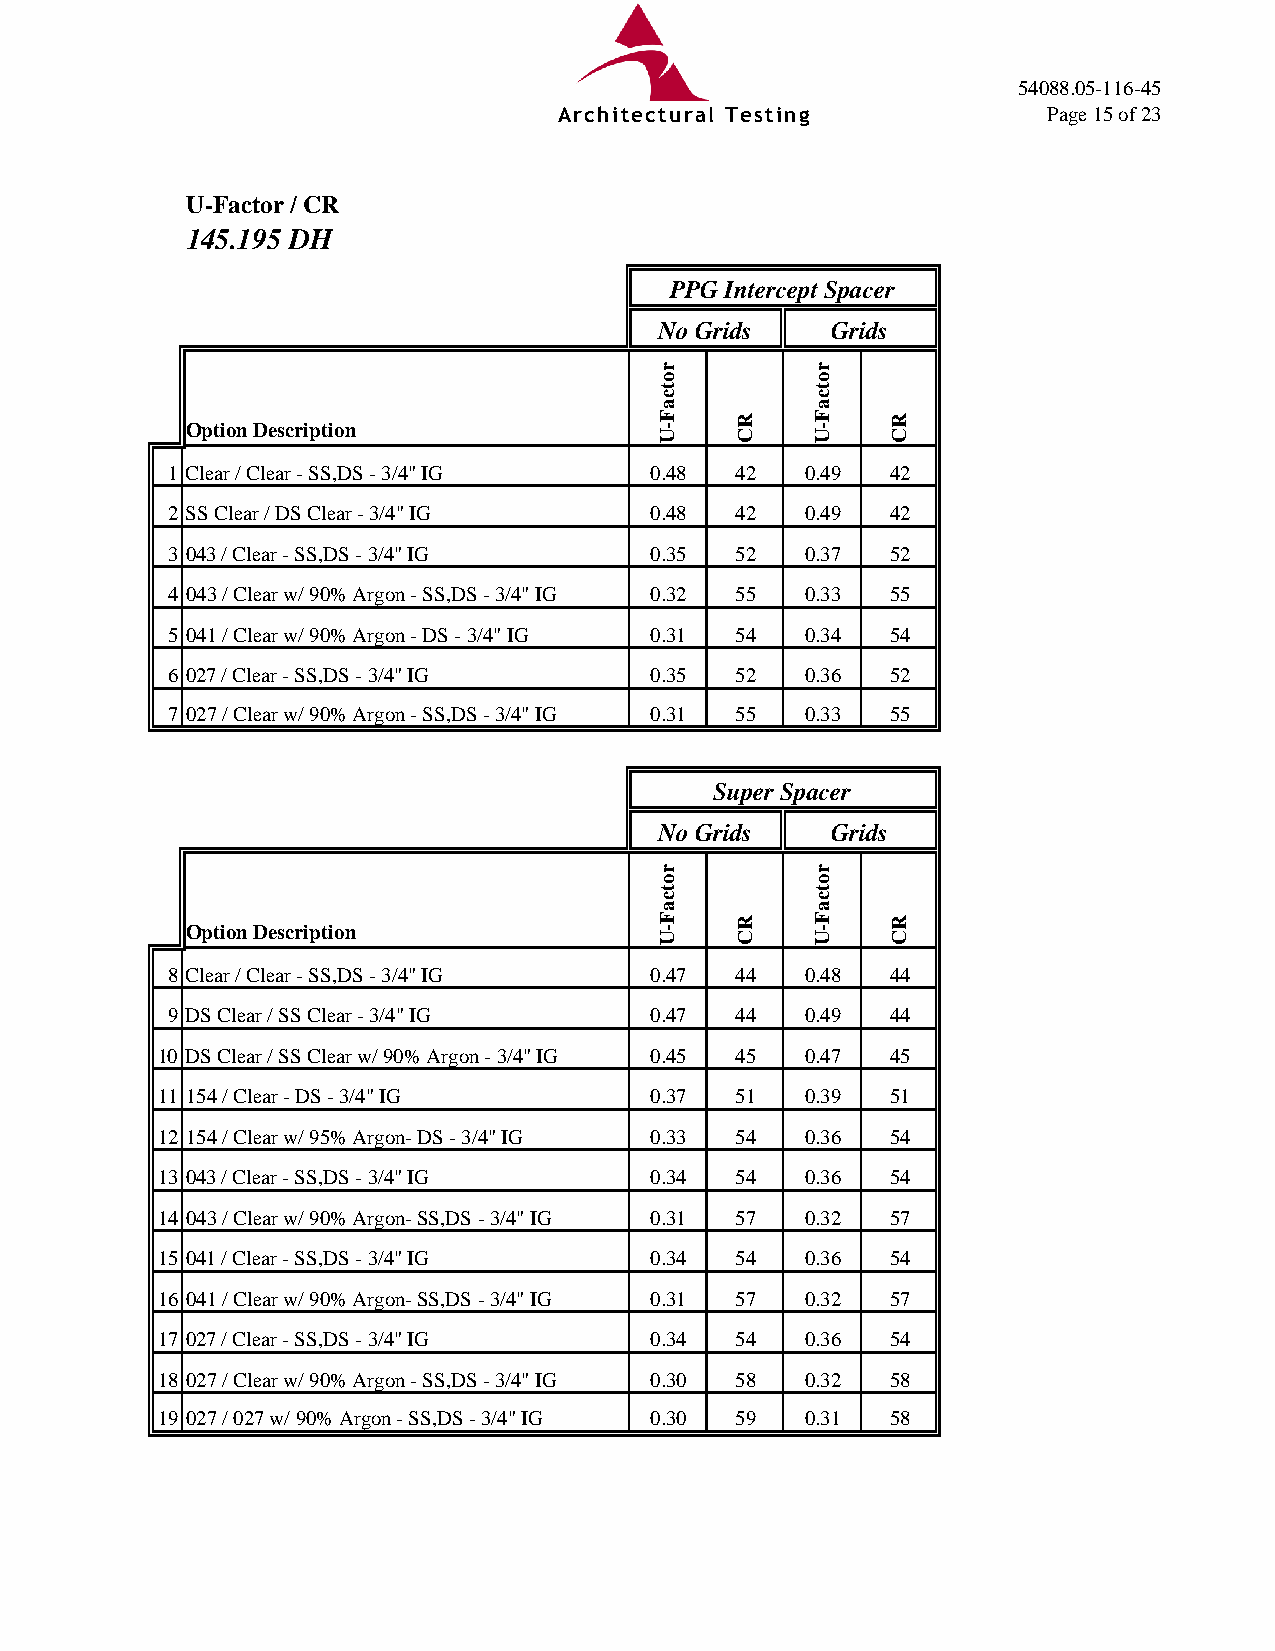
54088.05-116-45
 Architectural Testing           Page 15 of 23
 U-Factor / CR
 145.195 DH
 PPG Intercept Spacer
 No Grids   Grids
 Option Description
 1 Clear / Clear - SS,DS - 3/4" IG 0.48 42 0.49  42
 2 SS Clear / DS Clear - 3/4" IG 0.48  42  0.49  42
 3 043 / Clear - SS,DS - 3/4" IG 0.35  52  0.37  52
 4 043 / Clear w/ 90% Argon - SS,DS - 3/4" IG 0.32 55 0.33 55
 5 041 / Clear w/ 90% Argon - DS - 3/4" IG 0.31 54 0.34 54
 6 027 / Clear - SS,DS - 3/4" IG 0.35  52  0.36  52
 7 027 / Clear w/ 90% Argon - SS,DS - 3/4" IG 0.31 55 0.33 55
 Super Spacer
 No Grids   Grids
 Option Description
 8 Clear / Clear - SS,DS - 3/4" IG 0.47 44 0.48  44
 9 DS Clear / SS Clear - 3/4" IG 0.47  44  0.49  44
 10 DS Clear / SS Clear w/ 90% Argon - 3/4" IG 0.45 45 0.47 45
 11 154 / Clear - DS - 3/4" IG    0.37  51  0.39  51
 12 154 / Clear w/ 95% Argon- DS - 3/4" IG 0.33 54 0.36 54
 13 043 / Clear - SS,DS - 3/4" IG 0.34  54  0.36  54
 14 043 / Clear w/ 90% Argon- SS,DS - 3/4" IG 0.31 57 0.32 57
 15 041 / Clear - SS,DS - 3/4" IG 0.34  54  0.36  54
 16 041 / Clear w/ 90% Argon- SS,DS - 3/4" IG 0.31 57 0.32 57
 17 027 / Clear - SS,DS - 3/4" IG 0.34  54  0.36  54
 18 027 / Clear w/ 90% Argon - SS,DS - 3/4" IG 0.30 58 0.32 58
 19 027 / 027 w/ 90% Argon - SS,DS - 3/4" IG 0.30 59 0.31 58
 rotcaF-U
 rotcaF-U
 RC
 RC
 rotcaF-U
 rotcaF-U
 RC
 RC